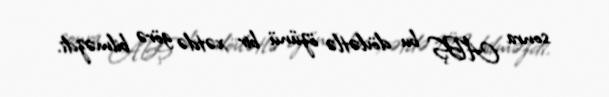
sonra ABŞ bu dövlətlə özünü bir xətdə görə bilməzdi.